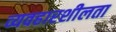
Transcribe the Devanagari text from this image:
व्यवहारशीलता